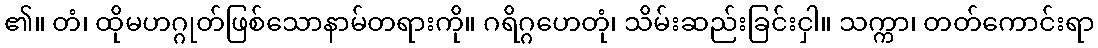
၏။ တံ၊ ထိုမဟဂ္ဂုတ်ဖြစ်သောနာမ်တရားကို။ ဂရိဂ္ဂဟေတုံ၊ သိမ်းဆည်းခြင်းငှါ။ သက္ကာ၊ တတ်ကောင်းရာ